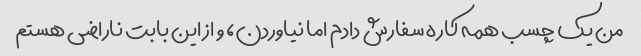
من یک چسب همه کاره سفارش دادم اما نیاوردن، و از این بابت ناراضی هستم